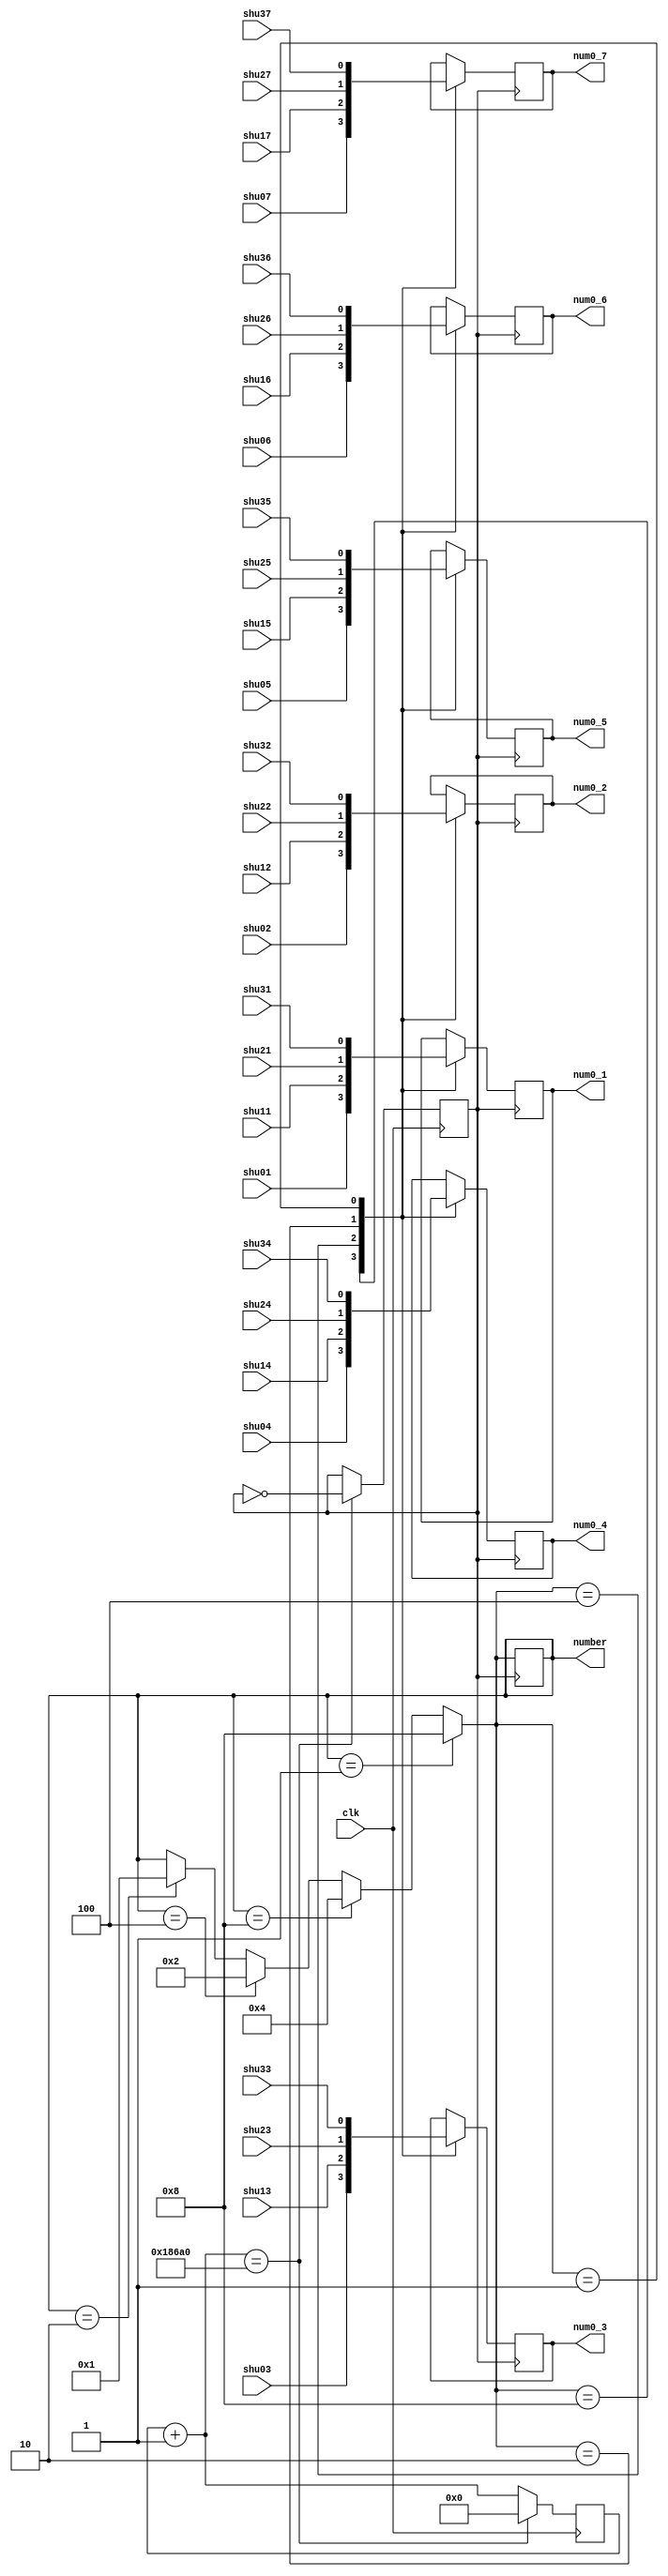
`timescale 1ns / 1ps
//////////////////////////////////////////////////////////////////////////////////
// Company: 
// Engineer: 
// 
// Design Name: 
// Module Name: pianxuan1
// Project Name: 
// Target Devices: 
// Tool Versions: 
// Description: 
// 
// Dependencies: 
// 
// Revision:
// Revision 0.01 - File Created
// Additional Comments:
// 
//////////////////////////////////////////////////////////////////////////////////

module pianxuan1(
        input  shu01,input  shu02,input  shu03,input  shu04,input  shu05,input  shu06,input shu07,
        input  shu11,input  shu12,input  shu13,input  shu14,input  shu15,input  shu16,input  shu17,
        input  shu21,input  shu22,input  shu23,input  shu24,input  shu25,input  shu26,input  shu27,
        input  shu31,input  shu32,input  shu33,input  shu34,input  shu35,input  shu36,input  shu37,
        input clk,
        output reg [3:0] number,
        output reg num0_1, output reg num0_2, output reg num0_3, output reg num0_4, 
                    output reg num0_5, output reg num0_6, output reg num0_7 
    );
    reg [31:0]cnt;
    reg jishiclk;
    initial
    begin
    number=4'b0001;
    jishiclk=0;
    cnt=0;
    end
    
    always @(posedge clk)
    begin
        cnt=cnt+1;
        if(cnt == 100000)
        begin
            cnt=0;
            jishiclk=~jishiclk;
        end
        
    end
    
    always@(posedge jishiclk)
    begin
    //if(clk)begin
    if(number==4'b0001) number=4'b1000;
    else if(number==4'b1000) number=4'b0100;
    else if(number==4'b0100) number=4'b0010;
    else if(number==4'b0010) number=4'b0001;
    
    case(number)
    4'b1000:begin
    num0_1 = shu01; 
    num0_2 = shu02;
    num0_3 = shu03;
    num0_4 = shu04;
    num0_5 = shu05;
    num0_6 = shu06;
    num0_7 = shu07;
    end
    4'b0100:begin
        num0_1 = shu11; 
        num0_2 = shu12;
        num0_3 = shu13;
        num0_4 = shu14;
        num0_5 = shu15;
        num0_6 = shu16;
        num0_7 = shu17;
        end
    4'b0010:begin
            num0_1 = shu21; 
            num0_2 = shu22;
            num0_3 = shu23;
            num0_4 = shu24;
            num0_5 = shu25;
            num0_6 = shu26;
            num0_7 = shu27;
            end
    4'b0001:begin
                num0_1 = shu31; 
                num0_2 = shu32;
                num0_3 = shu33;
                num0_4 = shu34;
                num0_5 = shu35;
                num0_6 = shu36;
                num0_7 = shu37;
                end
                endcase
    end
   // end
    
endmodule